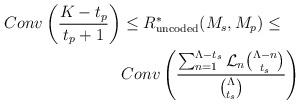
LaTeX: \begin{align*} Conv \left( \frac{K-t_p}{t_p+1} \right) & \leq R^{*}_{\textrm{uncoded}}(M_s,M_p) \leq \\ & Conv \left( \frac{\sum_{n=1}^{\Lambda-t_s}\mathcal{L}_n\binom{\Lambda-n}{t_s}}{\binom{\Lambda}{t_s}} \right)\end{align*}